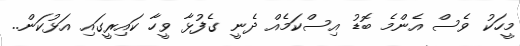
މީހަކު ވެސް އެންމެ ބޮޑު އިސްކަމެއް ދެނީ ގެފުޅާ ވީހާ ކައިރީގައި އަޅުކަން..